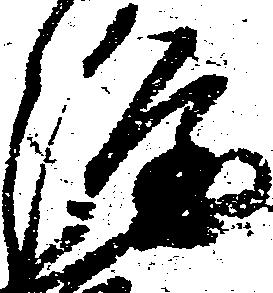
隆